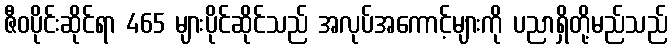
ဇီဝပိုင်းဆိုင်ရာ 465 များပိုင်ဆိုင်သည် အလုပ်အကောင့်များကို ပညာရှိတို့မည်သည်